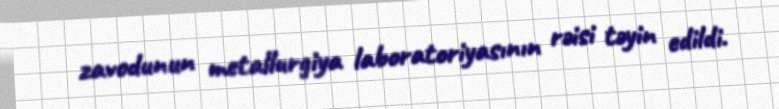
zavodunun metallurgiya laboratoriyasının rəisi təyin edildi.